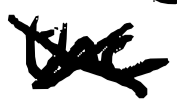
Text: the
Cross-out: cross
Writing tool: digital_black